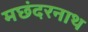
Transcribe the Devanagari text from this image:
मछंदरनाथ